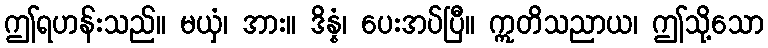
ဤရဟန်းသည်။ မယှံ၊ အား။ ဒိန္နံ၊ ပေးအပ်ပြီ။ ဣတိသညာယ၊ ဤသို့သော